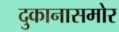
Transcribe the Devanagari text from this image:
दुकानासमोर